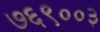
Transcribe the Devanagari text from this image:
७६९००३